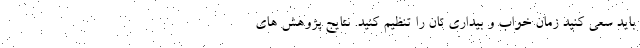
باید سعی کنید زمان خواب و بیداری تان را تنظیم کنید. نتایج پژوهش های